Scottish Leaving Certificate Examination, 1952
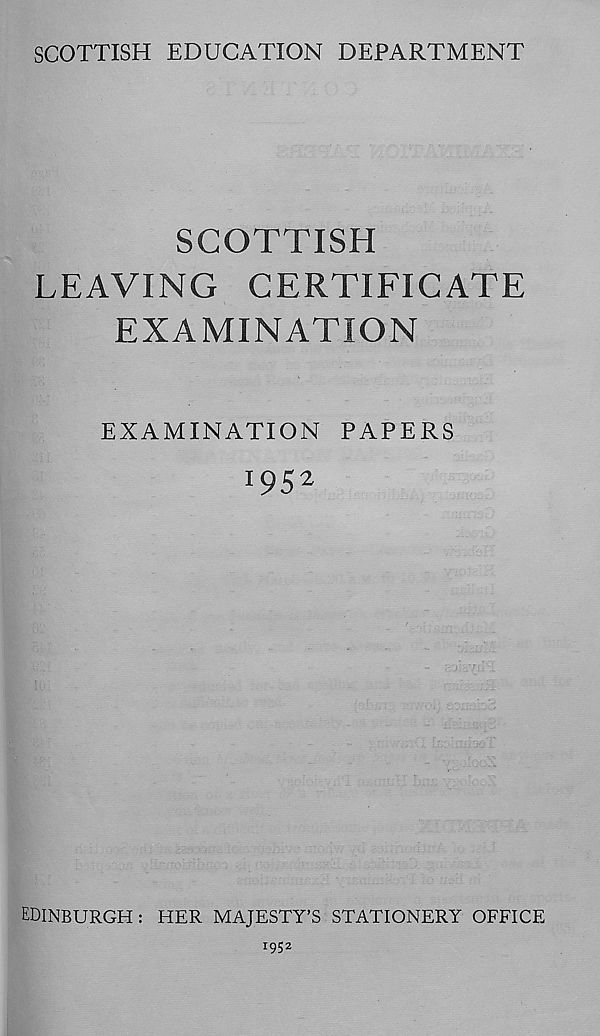
SCOTTISH EDUCATION DEPARTMENT
SCOTTISH
LEAVING CERTIFICATE
EXAMINATION
EXAMINATION PAPERS
1952
EDINBURGH: HER MAJESTY'S STATIONERY OFFICE